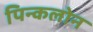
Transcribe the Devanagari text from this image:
पिन्कलोन